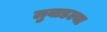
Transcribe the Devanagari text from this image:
लुबाडल्या